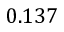
0 . 1 3 7